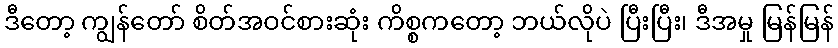
ဒီတော့ ကျွန်တော် စိတ်အဝင်စားဆုံး ကိစ္စကတော့ ဘယ်လိုပဲ ပြီးပြီး၊ ဒီအမှု မြန်မြန်